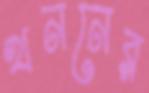
খননের